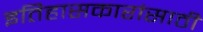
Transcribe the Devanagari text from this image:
इतिहासकारांसाठी